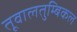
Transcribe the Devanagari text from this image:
तूवालतुम्बिकल